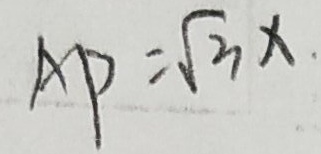
A P = \sqrt { 3 } x